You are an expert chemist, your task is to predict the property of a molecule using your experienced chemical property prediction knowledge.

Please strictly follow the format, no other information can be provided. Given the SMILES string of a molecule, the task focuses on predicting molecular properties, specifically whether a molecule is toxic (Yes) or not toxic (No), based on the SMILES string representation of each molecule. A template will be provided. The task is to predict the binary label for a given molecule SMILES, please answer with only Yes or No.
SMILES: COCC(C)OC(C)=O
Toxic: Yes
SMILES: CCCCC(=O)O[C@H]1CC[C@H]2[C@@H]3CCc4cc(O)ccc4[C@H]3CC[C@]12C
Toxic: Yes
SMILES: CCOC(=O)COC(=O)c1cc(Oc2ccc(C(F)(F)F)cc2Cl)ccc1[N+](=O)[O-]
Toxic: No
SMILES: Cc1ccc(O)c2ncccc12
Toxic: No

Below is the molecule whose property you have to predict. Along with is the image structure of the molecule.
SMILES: Cc1ncc([N+](=O)[O-])n1CC(C)O
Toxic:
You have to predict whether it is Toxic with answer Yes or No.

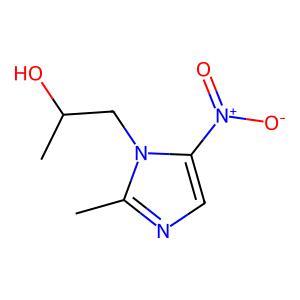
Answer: No